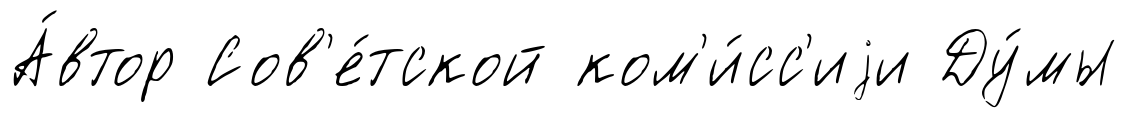
А́втор Сов'е́тской ком'и́сс'иjи Ду́мы